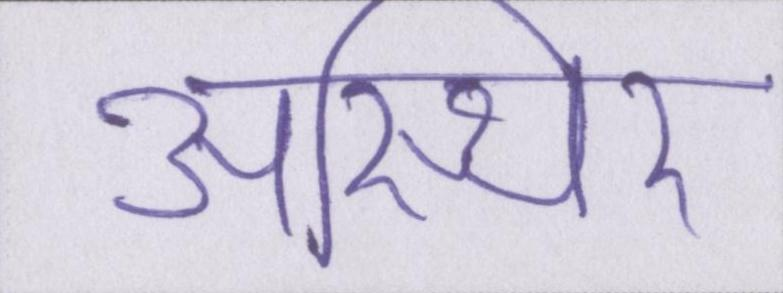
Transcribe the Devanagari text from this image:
अस्थिर